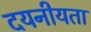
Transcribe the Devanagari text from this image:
दयनीयता